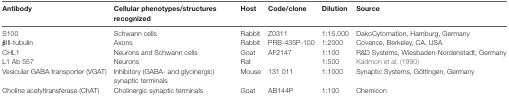
| Antibody | Cellular phenotypes/structures recognized | Host | Code/clone | Dilution | Source |
 | --- | --- | --- | --- | --- | --- |
 | S100 | Schwann cells | Rabbit | Z0311 | 1:15,000 | DakoCytomation, Hamburg, Germany |
 | βIII-tubulin | Axons | Rabbit | PRB-435P-100 | 1:2000 | Covance, Berkeley, CA, USA |
 | CHL1 | Neurons and Schwann cells | Goat | AF2147 | 1:100 | R&D Systems, Wiesbaden-Nordenstadt, Germany |
 | L1 Ab 557 | Neurons | Rat |  | 1:500 | Kadmon et al. (1990) |
 | Vesicular GABA transporter (VGAT) | Inhibitory (GABA- and glycinergic) synaptic terminals | Mouse | 131 011 | 1:1000 | Synaptic Systems, Göttingen, Germany |
 | Choline acetyltransferase (ChAT) | Cholinergic synaptic terminals | Goat | AB144P | 1:100 | Chemicon |